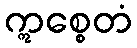
ဣစ္စေတံ